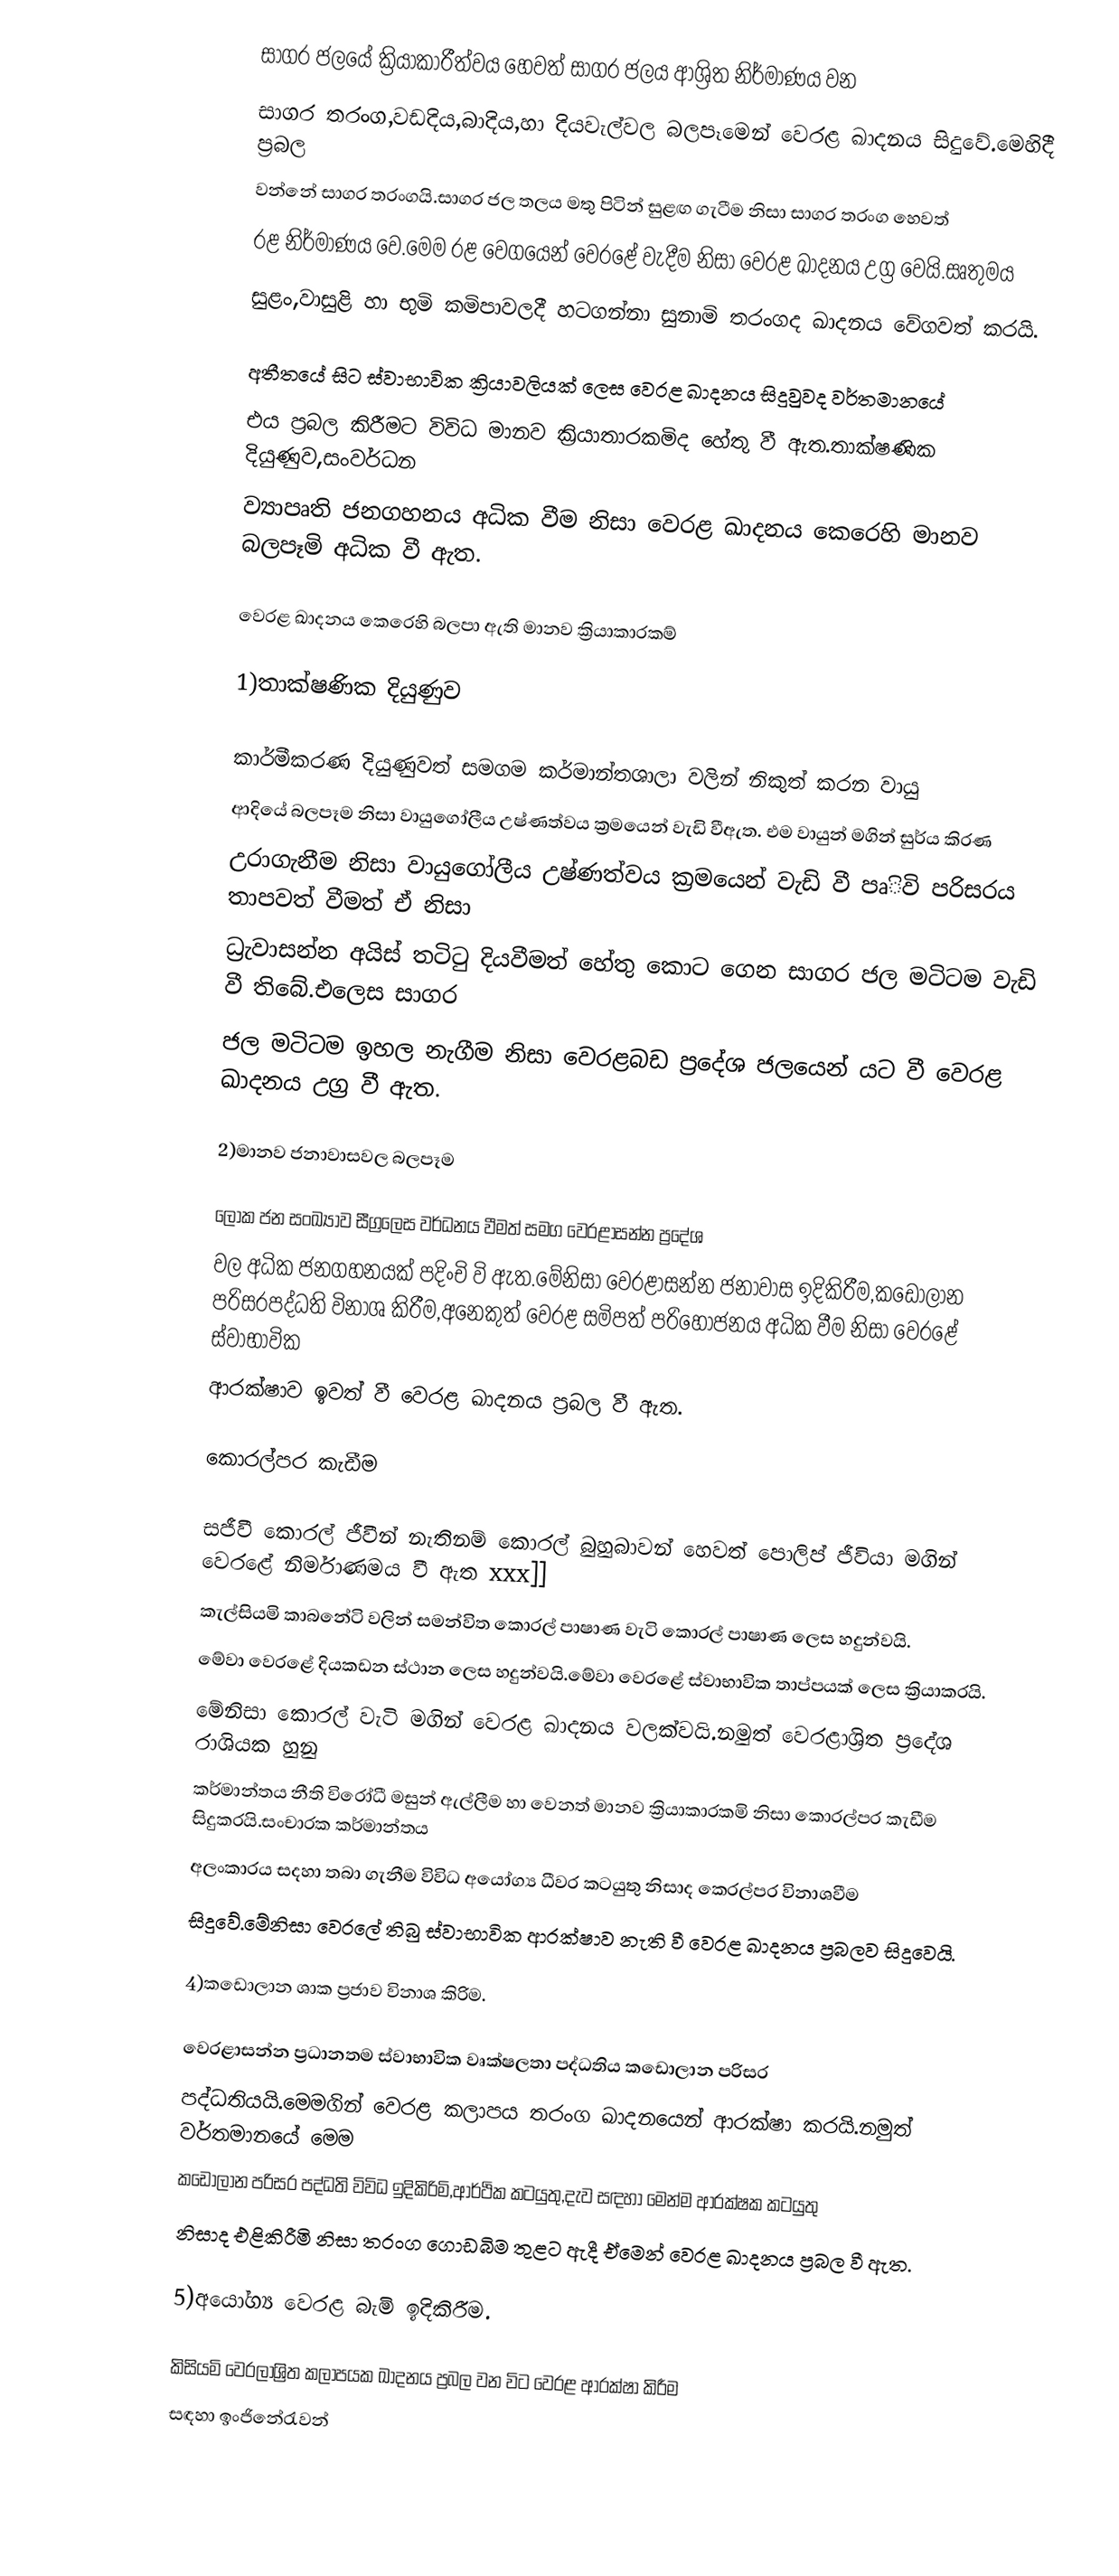
සාගර ජලයේ ක්‍රියාකාරීත්වය හෙවත් සාගර ජලය ආශ්‍රිත නිර්මාණය වන
සාගර තරංග,වඩදිය,බාදිය,හා දියවැල්වල බලපෑමෙන් වෙරළ ඛාදනය සිදුවේ.මෙහිදී ප්‍රබල
වන්නේ සාගර  තරංගයි.සාගර ජල තලය මතු පිටින් සුළඟ ගැටීම නිසා සාගර තරංග හෙවත්
රළ නිර්මාණය වෙ.මෙම රළ වෙගයෙන් වෙරළේ වැදීම නිසා වෙරළ ඛාදනය උග්‍ර වෙයි.සෘතුමය
සුළං,වාසුළි හා භුමි කමිපාවලදී හටගන්නා සුනාමි තරංගද ඛාදනය වේගවත් කරයි.

		අතීතයේ සිට ස්වාභාවික ක්‍රියාවලියක් ලෙස වෙරළ ඛාදනය සිදුවුවද වර්තමානයේ
එය ප්‍රබල කිරීමට විවිධ මානව ක්‍රියාතාරකමිද හේතු වී ඇත.තාක්ෂණික දියුණුව,සංවර්ධන
ව්‍යාපෘති ජන‍ගහනය අධික වීම නිසා වෙරළ ඛාදනය ‍කෙරෙහි මානව බලපෑමි අධික වී ඇත.

වෙරළ ඛාදනය කෙරෙහි බලපා ඇති මානව ක්‍රියාකාරකම්

1)තාක්ෂණික දියුණුව

		කාර්මීකරණ  දියුණුවත් සමගම කර්මාන්තශාලා වලින්  නිකුත් කරන  වායු
ආදියේ බලපෑම නිසා වායුගෝලීය උෂ්ණත්වය ක්‍රමයෙන් වැඩි වීඇත. එම වායුන් මගින් සුර්ය කිරණ
උරාගැනීම නිසා වායුගෝලීය උෂ්ණත්වය ක්‍රම‍යෙන් වැඩි වී පෘිවි පරිසරය තාපවත් වීමත් ඒ නිසා
ධ්‍රැවාසන්න අයිස් තටිටු දියවීමත් හේතු කොට ගෙන සාගර ජල මටිටම වැඩි වී තිබේ.එලෙස සාගර
ජල මටිටම ඉහල නැගීම නිසා වෙරළබඩ ප්‍රදේශ ජලයෙන්  යට වී වෙරළ ඛාදනය උග්‍ර වී ඇත.

2)මානව ජනාවාසවල බලපෑම

		ලෝක ජන සංඛ්‍යාව සීග්‍රලෙස වර්ධන‍ය වීමත් සමග වෙරළාසන්න ප්‍රදේශ
වල අධික ජනගහනයක් පදිංචි වි ඇත.මේනිසා වෙරළාසන්න ජනාවාස ඉදිකිරීම,කඩොලාන පරිසරපද්ධති විනාශ කිරීම,අනෙකුත් වෙරළ සමිපත් පරි‍‍හෝජනය අධික වීම නිසා වෙරළේ ස්වාභාවික
ආරක්ෂාව ඉවත් වී වෙරළ ඛාදනය ප්‍රබල වී ඇත.

කොරල්පර කැඩීම

		සජීවී කොරල්  ජීවීන් නැතිනම් කොරල් බුහුබාවන් හෙවත් පොලිප් ජීවියා මගින් වෙරළේ නිර්මාණමය වී ඇත xxx]]
කැල්සියමි කාබනේටි වලින් සමන්විත කොරල් පාෂාණ වැටි කොරල් පාෂාණ ලෙස හදුන්වයි.
මේවා වෙරළේ දියකඩන ස්ථාන ලෙස හදුන්වයි.මේවා වෙර‍ළේ ස්වාභාවික තාප්පයක් ලෙස ක්‍රියාකරයි.
මේනිසා කොරල් වැටි මගින් වෙරළ ඛාදනය වලක්වයි.නමුත් වෙරළාශ්‍රිත ප්‍රදේශ රාශියක හුනු
කර්මාන්තය නීති විරෝධී මසුන් ඇල්ලීම හා වෙනත් මානව ක්‍රියාකාරකමි නිසා කොරල්පර කැඩීම සිදුකරයි.සංචාරක කර්මාන්තය
අලංකාරය සදහා තබා ගැනීම විවිධ අ‍යෝග්‍ය ධීවර කටයුතු නිසාද කෙරල්පර විනාශවීම
සිදුවේ.මේනිසා වෙරලේ තිබු ස්වාභාවික ආරක්ෂාව නැති වී වෙරළ ඛාදනය ප්‍රබලව සිදුවෙයි.

4)කඩොලාන ශාක ප්‍රජාව විනාශ කිරිම.

		වෙරළාසන්න ප්‍රධානතම ස්වාභාවික වෘක්ෂලතා පද්ධතිය කඩොලාන පරිසර
පද්ධතියයි.මෙමගින් වෙරළ කලාපය තරංග ඛාදනයෙන් ආරක්ෂා කරයි.නමුත් වර්තමානයේ මෙම
කඩොලාන පරිසර පද්ධති විවිධ ඉදිකිරිමි,ආර්ථික කටයුතු,දැව සඳහා මෙන්ම ආරක්ෂක කටයුතු
නිසාද එළිකිරීමි නිසා තරංග ගොඩබිම තුළට ඇදී ඒමෙන් වෙරළ ඛාදනය ප්‍රබල වී ඇත.

5)අයෝග්‍ය වෙරළ බැමි ඉදිකිරීම.

		කිසියමි වෙරලාශ්‍රිත කලාපයක ඛාදනය ප්‍රබල වන විට වෙරළ ආරක්ෂා කිරීම
සඳහා ඉංජිනේරැවන්